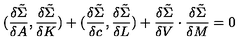
( { \frac { \delta \tilde { \Sigma } } { \delta A } } , { \frac { \delta \tilde { \Sigma } } { \delta K } } ) + ( { \frac { \delta \tilde { \Sigma } } { \delta c } } , { \frac { \delta \tilde { \Sigma } } { \delta L } } ) + { \frac { \delta \tilde { \Sigma } } { \delta V } } \cdot { \frac { \delta \tilde { \Sigma } } { \delta M } } = 0